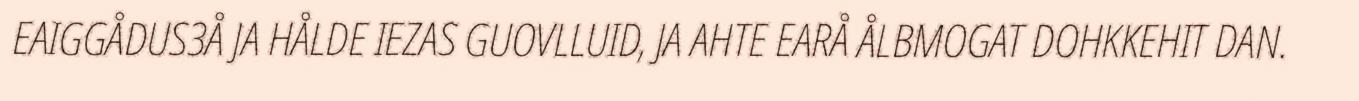
EAIGGÅDUS3Å JA HÅLDE IEZAS GUOVLLUID, JA AHTE EARÅ ÅLBMOGAT DOHKKEHIT DAN.